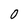
Character: 0